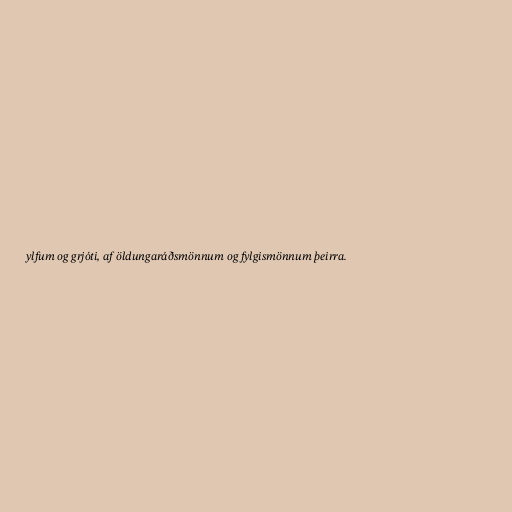
ylfum og grjóti, af öldungaráðsmönnum og fylgismönnum þeirra.